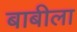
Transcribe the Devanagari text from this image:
बाबीला